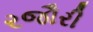
રજૌરી